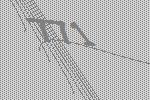
771